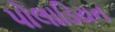
પોલાડિયન